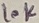
Text: 10K